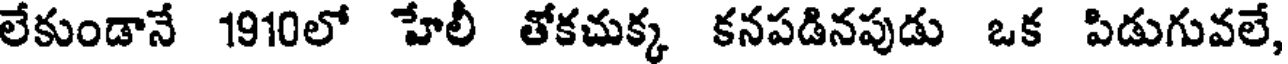
లేకుండానే 1910లో హేలీ తోకచుక్క కనపడినపుడు ఒక పిడుగువలే,